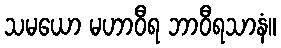
သမယော မဟာဝီရ ဘာဝီရသာနံ။